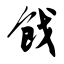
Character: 戗